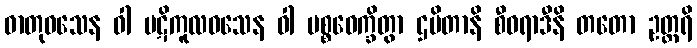
ဓာတုဝသေန ဝါ ပဋိကူလဝသေန ဝါ ပစ္စဝေက္ခိတွာ ဌပိတာနိ စီဝရာဒီနိ တတော ဥတ္တရိ